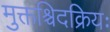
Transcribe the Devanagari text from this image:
मुक्तश्चिदक्रियः